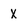
Character: X